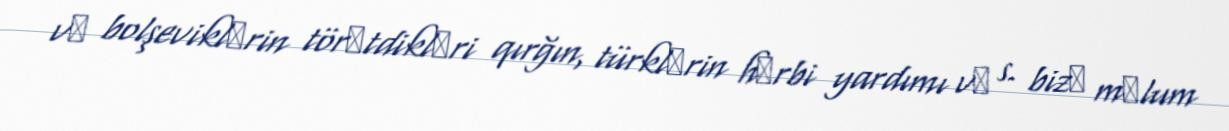
vә bolşeviklәrin törәtdiklәri qırğın, türklәrin hәrbi yardımı vә s. bizә mәlum